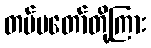
တပ်မတော်တို့ကြား